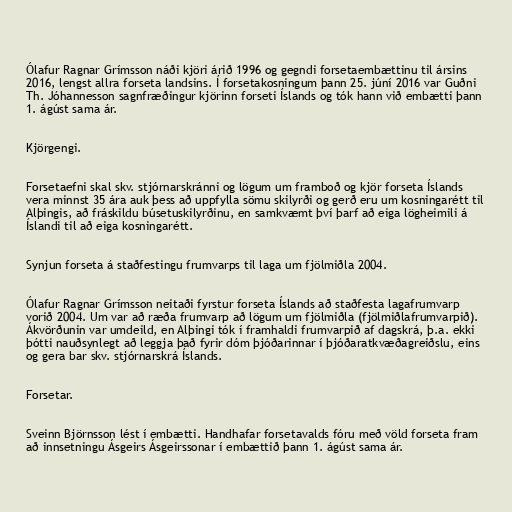
Ólafur Ragnar Grímsson náði kjöri árið 1996 og gegndi forsetaembættinu til ársins
2016, lengst allra forseta landsins. Í forsetakosningum þann 25. júní 2016 var Guðni
Th. Jóhannesson sagnfræðingur kjörinn forseti Íslands og tók hann við embætti þann
1. ágúst sama ár.

Kjörgengi.

Forsetaefni skal skv. stjórnarskránni og lögum um framboð og kjör forseta Íslands
vera minnst 35 ára auk þess að uppfylla sömu skilyrði og gerð eru um kosningarétt til
Alþingis, að fráskildu búsetuskilyrðinu, en samkvæmt því þarf að eiga lögheimili á
Íslandi til að eiga kosningarétt.

Synjun forseta á staðfestingu frumvarps til laga um fjölmiðla 2004.

Ólafur Ragnar Grímsson neitaði fyrstur forseta Íslands að staðfesta lagafrumvarp
vorið 2004. Um var að ræða frumvarp að lögum um fjölmiðla (fjölmiðlafrumvarpið).
Ákvörðunin var umdeild, en Alþingi tók í framhaldi frumvarpið af dagskrá, þ.a. ekki
þótti nauðsynlegt að leggja það fyrir dóm þjóðarinnar í þjóðaratkvæðagreiðslu, eins
og gera bar skv. stjórnarskrá Íslands.

Forsetar.

Sveinn Björnsson lést í embætti. Handhafar forsetavalds fóru með völd forseta fram
að innsetningu Ásgeirs Ásgeirssonar í embættið þann 1. ágúst sama ár.